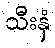
သီးနှံ